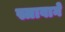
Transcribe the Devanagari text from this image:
स्त्रावाने